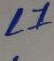
Text: L1